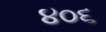
૪૦૬